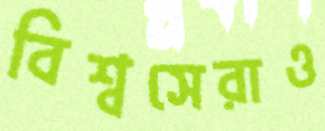
বিশ্বসেরাও